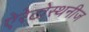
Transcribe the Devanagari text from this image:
ऐरेटोस्थनीज